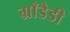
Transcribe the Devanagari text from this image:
ग्राँडैडी